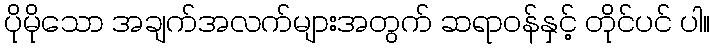
ပိုမိုသော အချက်အလက်များအတွက် ဆရာဝန်နှင့် တိုင်ပင် ပါ။